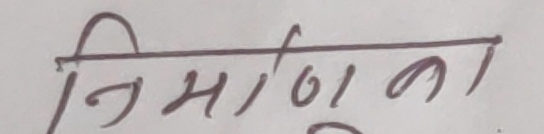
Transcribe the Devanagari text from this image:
निर्माणका